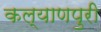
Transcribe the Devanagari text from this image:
कल्याणपुरी